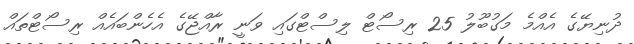
ދުނިޔޭގެ އެއްމެ މަގުބޫލު 25 ރިސޯޓް ލިސްޓްގައި ވަނީ ރާއްޖޭގެ އެހެންބައެއް ރިސޯޓްތައް